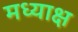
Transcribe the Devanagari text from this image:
मध्याक्ष